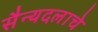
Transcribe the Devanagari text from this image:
सैन्यदलाचे